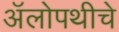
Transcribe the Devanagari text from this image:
अॅलोपथीचे